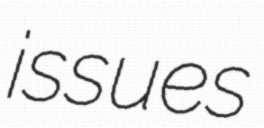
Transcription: issues